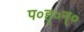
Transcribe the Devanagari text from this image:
प०ह्०न्०